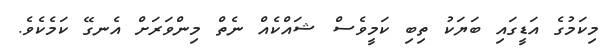
މިކަމުގެ އަޑީގައި ބަޔަކު ތިބި ކަމީވެސް ޝައްކެއް ނެތް މިންވަރަށް އެނގޭ ކަމެކެވެ.